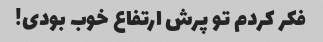
فکر کردم تو پرش ارتفاع خوب بودی!